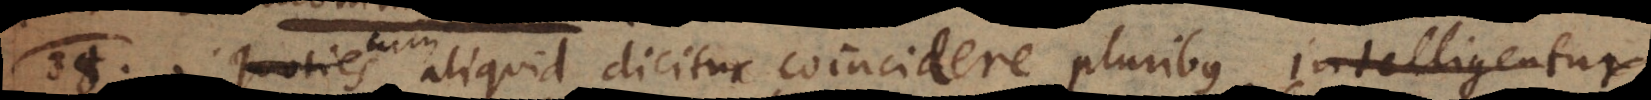
Quoties aliquid dicitur coincidere pluribus, intelligentur